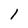
Character: l